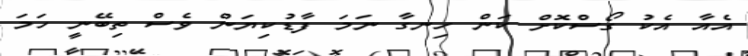
އެއާ އެކު ގޯސްކޮށް ކަން ހިނގާ ނަމަ ފާޑުކިޔަން ވެސް ތިބޭނީ ހަމަ